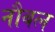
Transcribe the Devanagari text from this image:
नौबल